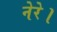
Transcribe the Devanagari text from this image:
नेरे।